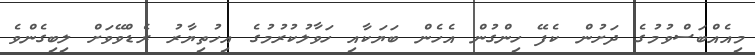
މިއެއްބަސްވުމުގެ ދަށުން ކެފޭ ހިންގުން އެހެން ބަޔަކާއި ހަވާލުކުރުމުގެ އިހުތިޔާރު ރެޑްވޭވަށް ލިބިގެންވެ